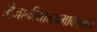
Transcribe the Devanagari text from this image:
विजानीयात्स्वभावाद्ब्रह्म